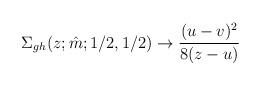
LaTeX: \begin{align*}\Sigma_{gh}(z;\hat m;1/2,1/2)\to\frac{(u-v)^2}{8(z-u)}\end{align*}